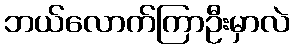
ဘယ်လောက်ကြာဦးမှာလဲ